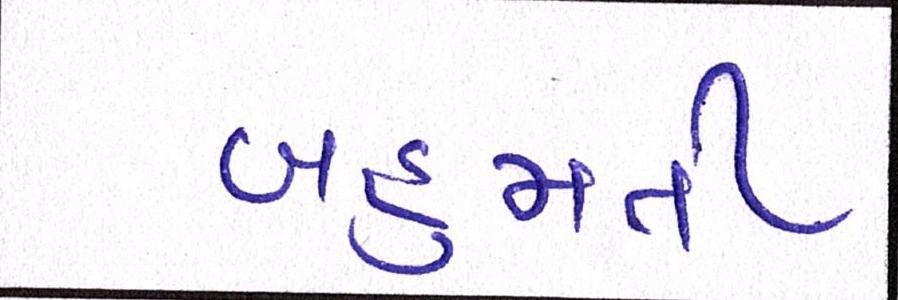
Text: બહુમતી